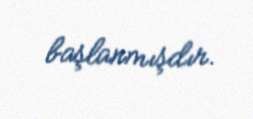
başlanmışdır.